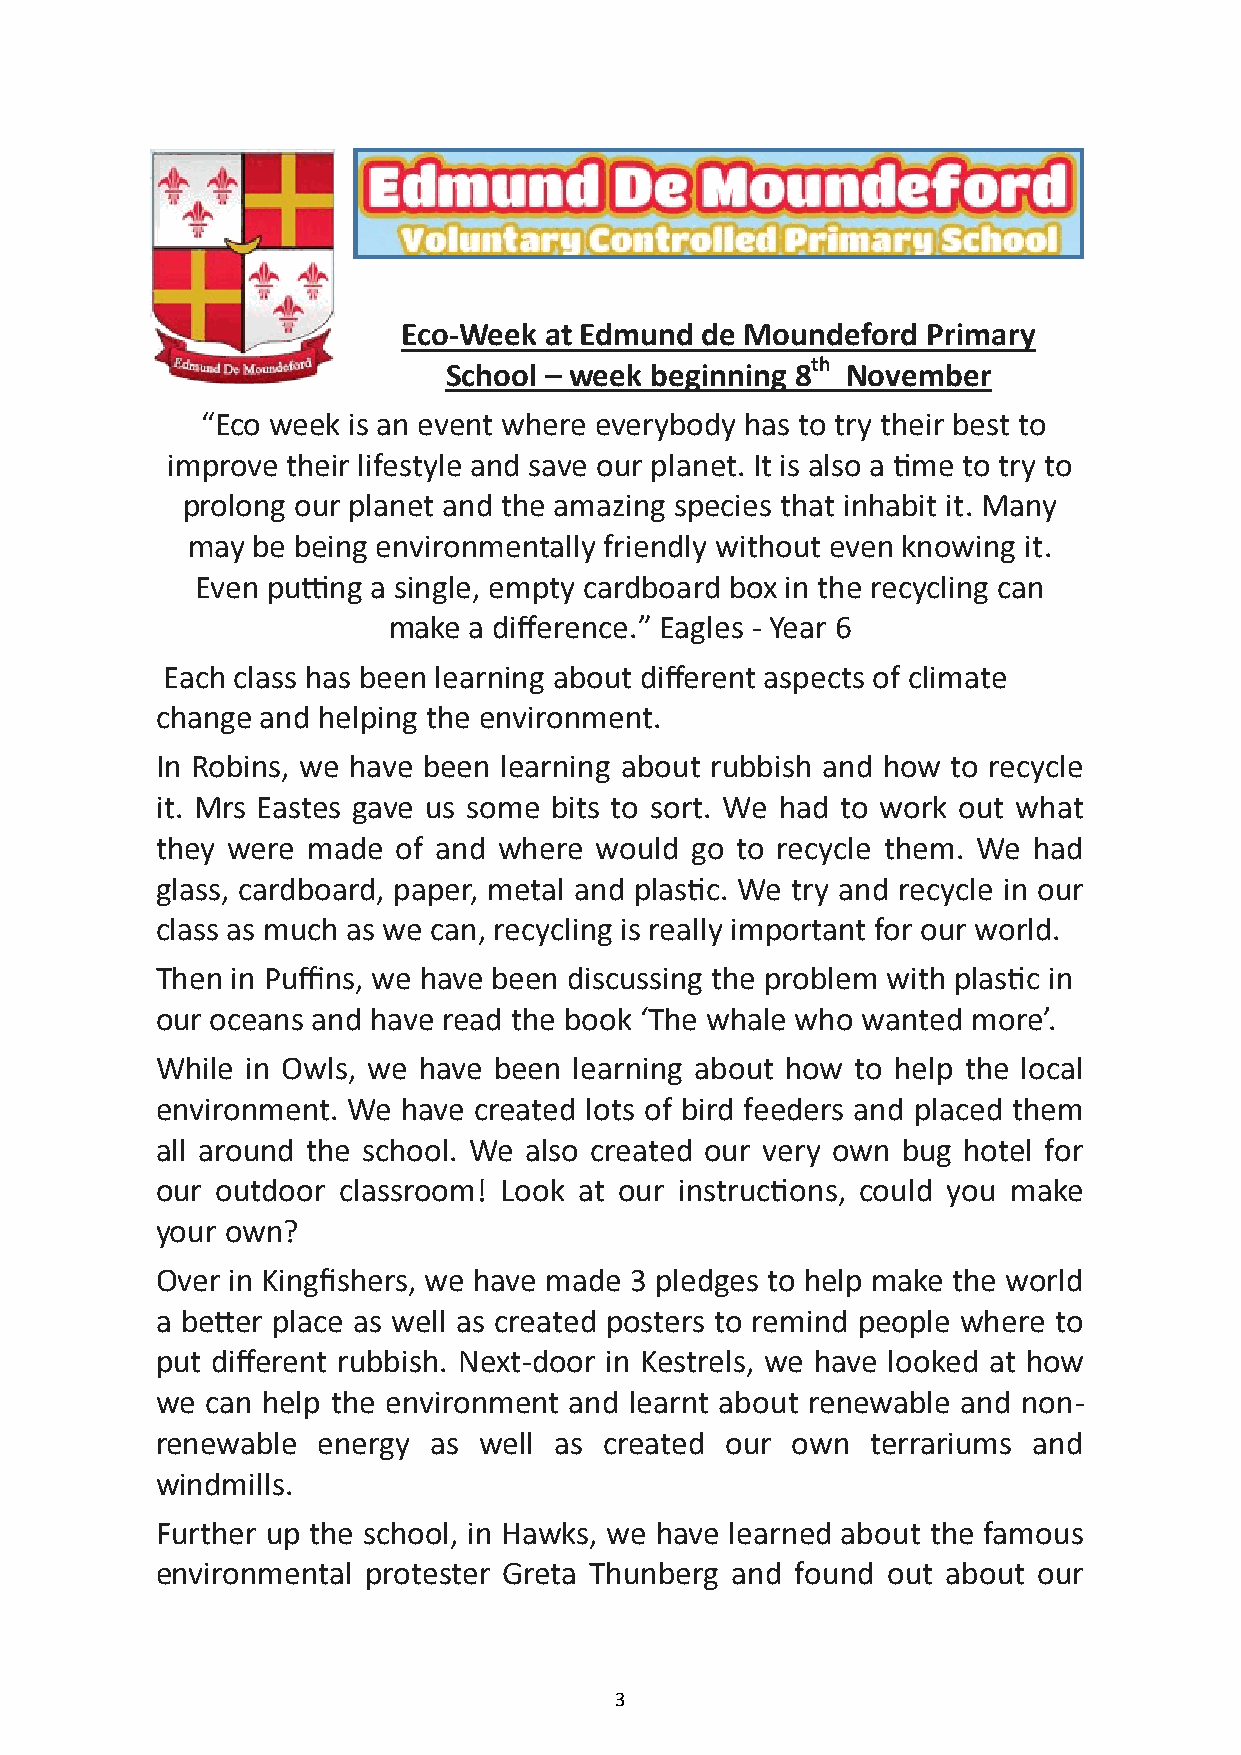
Eco-Week at Edmund de Moundeford  Primary
 th
 School – week beginning 8  November
 “Eco week is an event where everybody has to try their best to
 improve their lifestyle and save our planet. It is also a time to try to
 prolong our planet and the amazing species that inhabit it. Many
 may  be being environmentally friendly without even knowing it.
 Even putting a single, empty cardboard box in the recycling can
 make a difference.” Eagles - Year 6
 Each class has been learning about different aspects of climate
 change and helping the environment.
 In Robins, we have been learning about rubbish and how to recycle
 it. Mrs Eastes gave us some bits to sort. We had to work out what
 they were made  of and where would  go to recycle them. We had
 glass, cardboard, paper, metal and plastic. We try and recycle in our
 class as much as we can, recycling is really important for our world.
 Then in Puffins, we have been discussing the problem with plastic in
 our oceans and have read the book ‘The whale who wanted more’.
 While in Owls, we have been learning about how to help the local
 environment. We  have created lots of bird feeders and placed them
 all around the school. We also created our very own bug hotel for
 our outdoor classroom! Look at our instructions, could you make
 your own?
 Over in Kingfishers, we have made 3 pledges to help make the world
 a better place as well as created posters to remind people where to
 put different rubbish. Next-door in Kestrels, we have looked at how
 we  can help the environment and learnt about renewable and non-
 renewable  energy  as well as created our own   terrariums and
 windmills.
 Further up the school, in Hawks, we have learned about the famous
 environmental protester Greta Thunberg and found out about our
 3